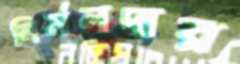
নির্মলদার